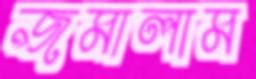
জমালাম